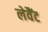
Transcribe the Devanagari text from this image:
लेवैंट